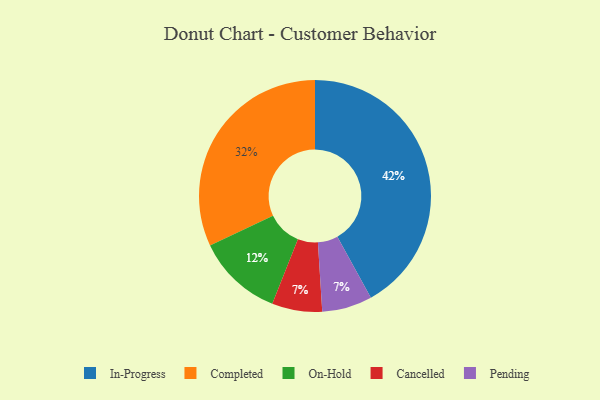
{"axis": {"x": "Category", "y": "Percentage"}, "legend": ["Cancelled", "Completed", "In-Progress", "On-Hold", "Pending"], "data": [{"x": "On-Hold", "y": 12, "type": "On-Hold"}, {"x": "Cancelled", "y": 7, "type": "Cancelled"}, {"x": "In-Progress", "y": 42, "type": "In-Progress"}, {"x": "Pending", "y": 7, "type": "Pending"}, {"x": "Completed", "y": 32, "type": "Completed"}]}